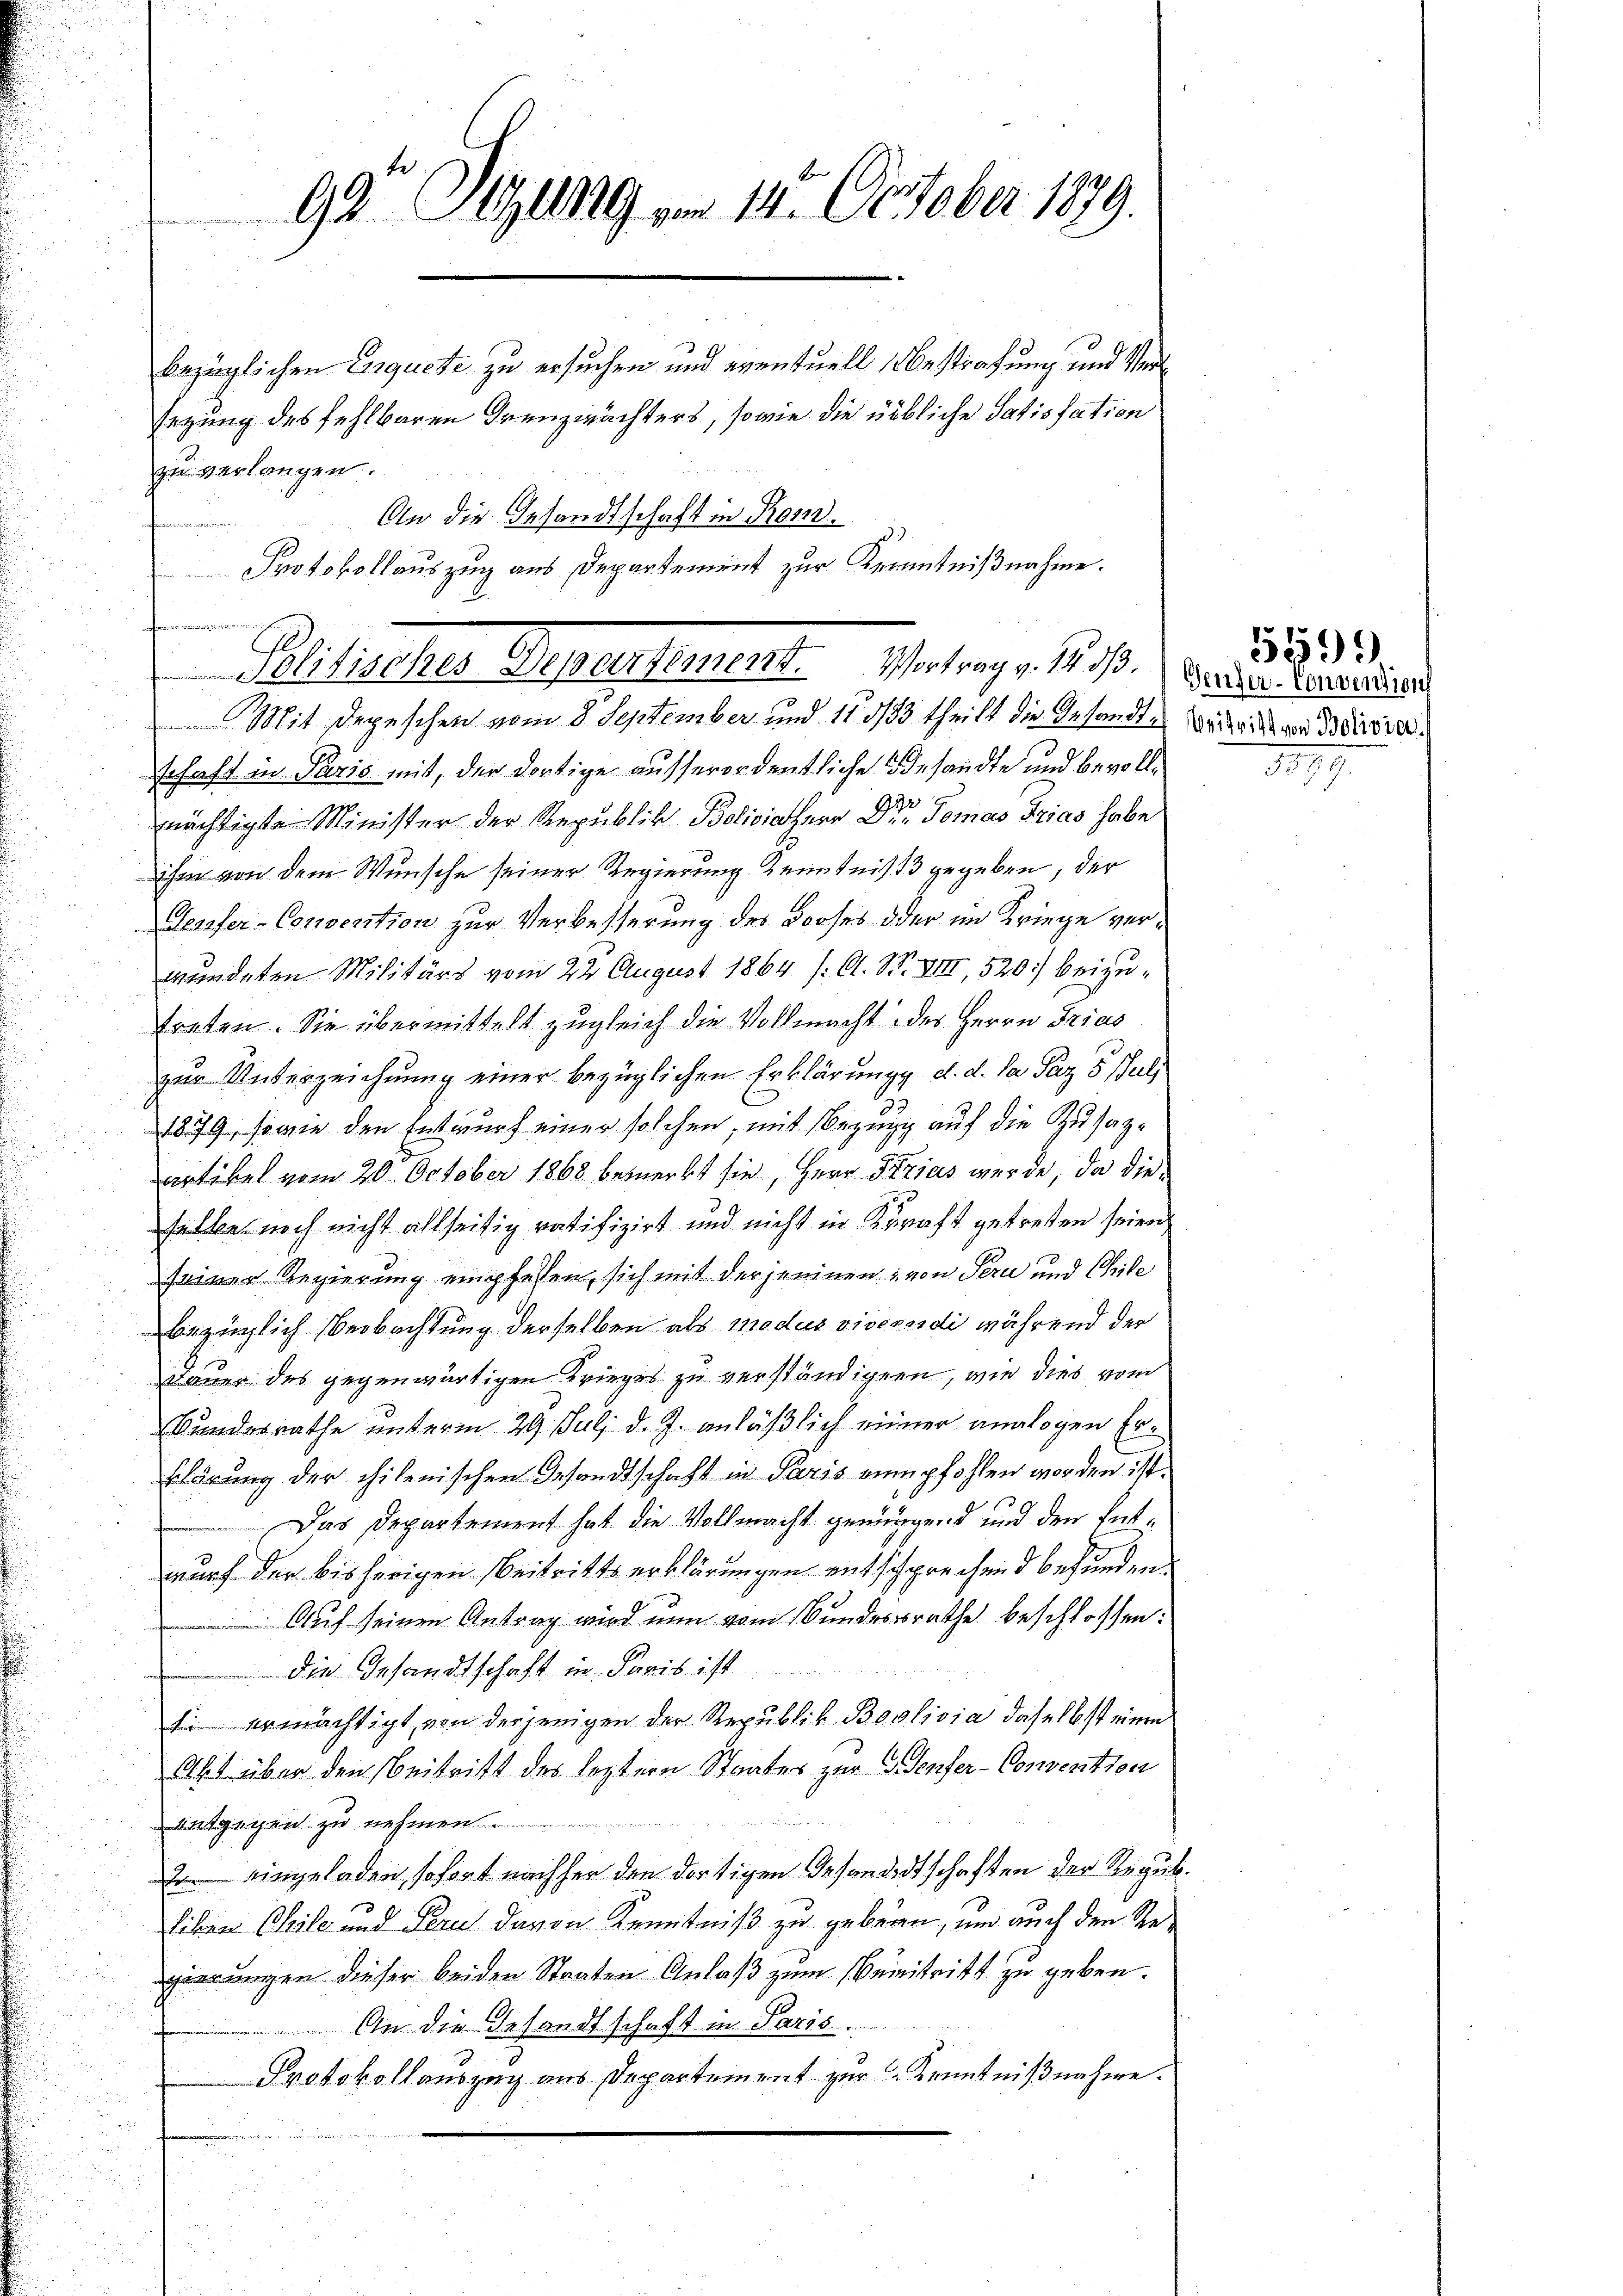
99 Stzung , 112. October 1879.

bezüglichen Enquete zu ersuchen und eventuell bestrafung und Verl
sezung des fehlbaren Grenzwächters, sowie die übliche Satisfation
zu verlangen.
t
e
Mit Depeschen vom 8. September und 115/83 theilt die Gesandtes Bedeutigen Beitra
schaft in Paris mit, der dortige ausserordentliche Gesandte und bevolle
mächtigte Minister der Republik Bolivialherr Dr. Tomas Trias habe
ihm von dem Wunsche seiner Regierung Kenntnis 13 gegeben, der
Gesofer-Convention zur Verbesserung des Looses oder im Kriege verwundeten Militärs vom 22. August 1864 (O. S. XIII, 520) beizutreten. Sie übermittelt zugleich die Vollmacht des Herrn Frias
zur Unterzeichnung einer bezüglichen Erklärungs d. d. da Paz 5 Jul
1879, sowie den Entwurf einer solchen, mit Bezug auf die Zusagartikel vom 20. October 1868 bemerkt sie, Herr Strias werde, da diehalbe noch nicht allseitig ratifizirt und nicht in Kraft getreten seien,
seiner Regierung empfehlen, sich mit der jenigen von Pern und Chile
bezüglich Beobachtung derselben als modus viversidi während der
Dauer des gegenwärtigen Krieges zu verständigen, wie dies vom
Wundesrathe unterm 29. Juli d. J. anläßlich einer analogen Erklärung der chilenischen Gesandtschaft in Paris empfohlen worden ist.
Das Departement hat die Vollmacht genügend und den Entwurf der bisherigen Beitrittserklärungen entschprechend befunden
Auf seinen Antrag wird nun vom Bundesrathe beschlossen:
die Gesandtschaft in Paris ist
si ermächtigt, von derjenigen der Republik Boolivia, daselbst einen
A1 über den Beitritt des leztern Staates zur Genfer-Convention
t
entgegen zu nehmen.
2. eingeladen, sofort nachher den dortigen Gesondertschaften der Regul.
liben Chile und Perul davon Kenntniß zu gebrau, und auch den Regierungen dieser beiden Staaten Anlaß zum eintritt zu geben.
An die Gesandtschaft in Paris.
Protokollauszug aus Departement zur Kenntnißnahme.

An die Gesandtschaft in Rom.
z
Protokollauszug aus Departement zur Kenntnißnahme.
Politischer Supertement.   Antrag v. 18. 10. Z. dieser Gener diese

5599.

3